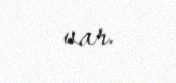
var.